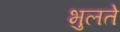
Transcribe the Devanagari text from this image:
भुलते